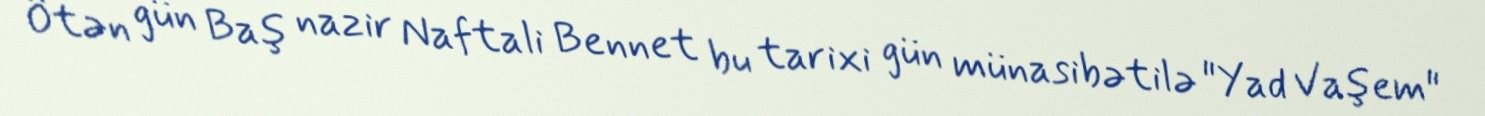
Ötən gün Baş nazir Naftali Bennet bu tarixi gün münasibətilə "Yad Vaşem"